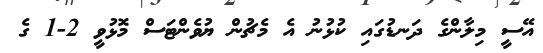
އޭސީ މިލާންގެ ދަނޑުގައި ކުޅުނު އެ މެޗުން ޔުވެންޓަސް މޮޅުވީ 2-1 ގެ